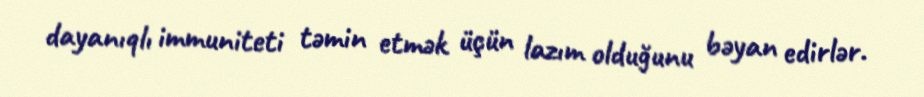
dayanıqlı immuniteti təmin etmək üçün lazım olduğunu bəyan edirlər.